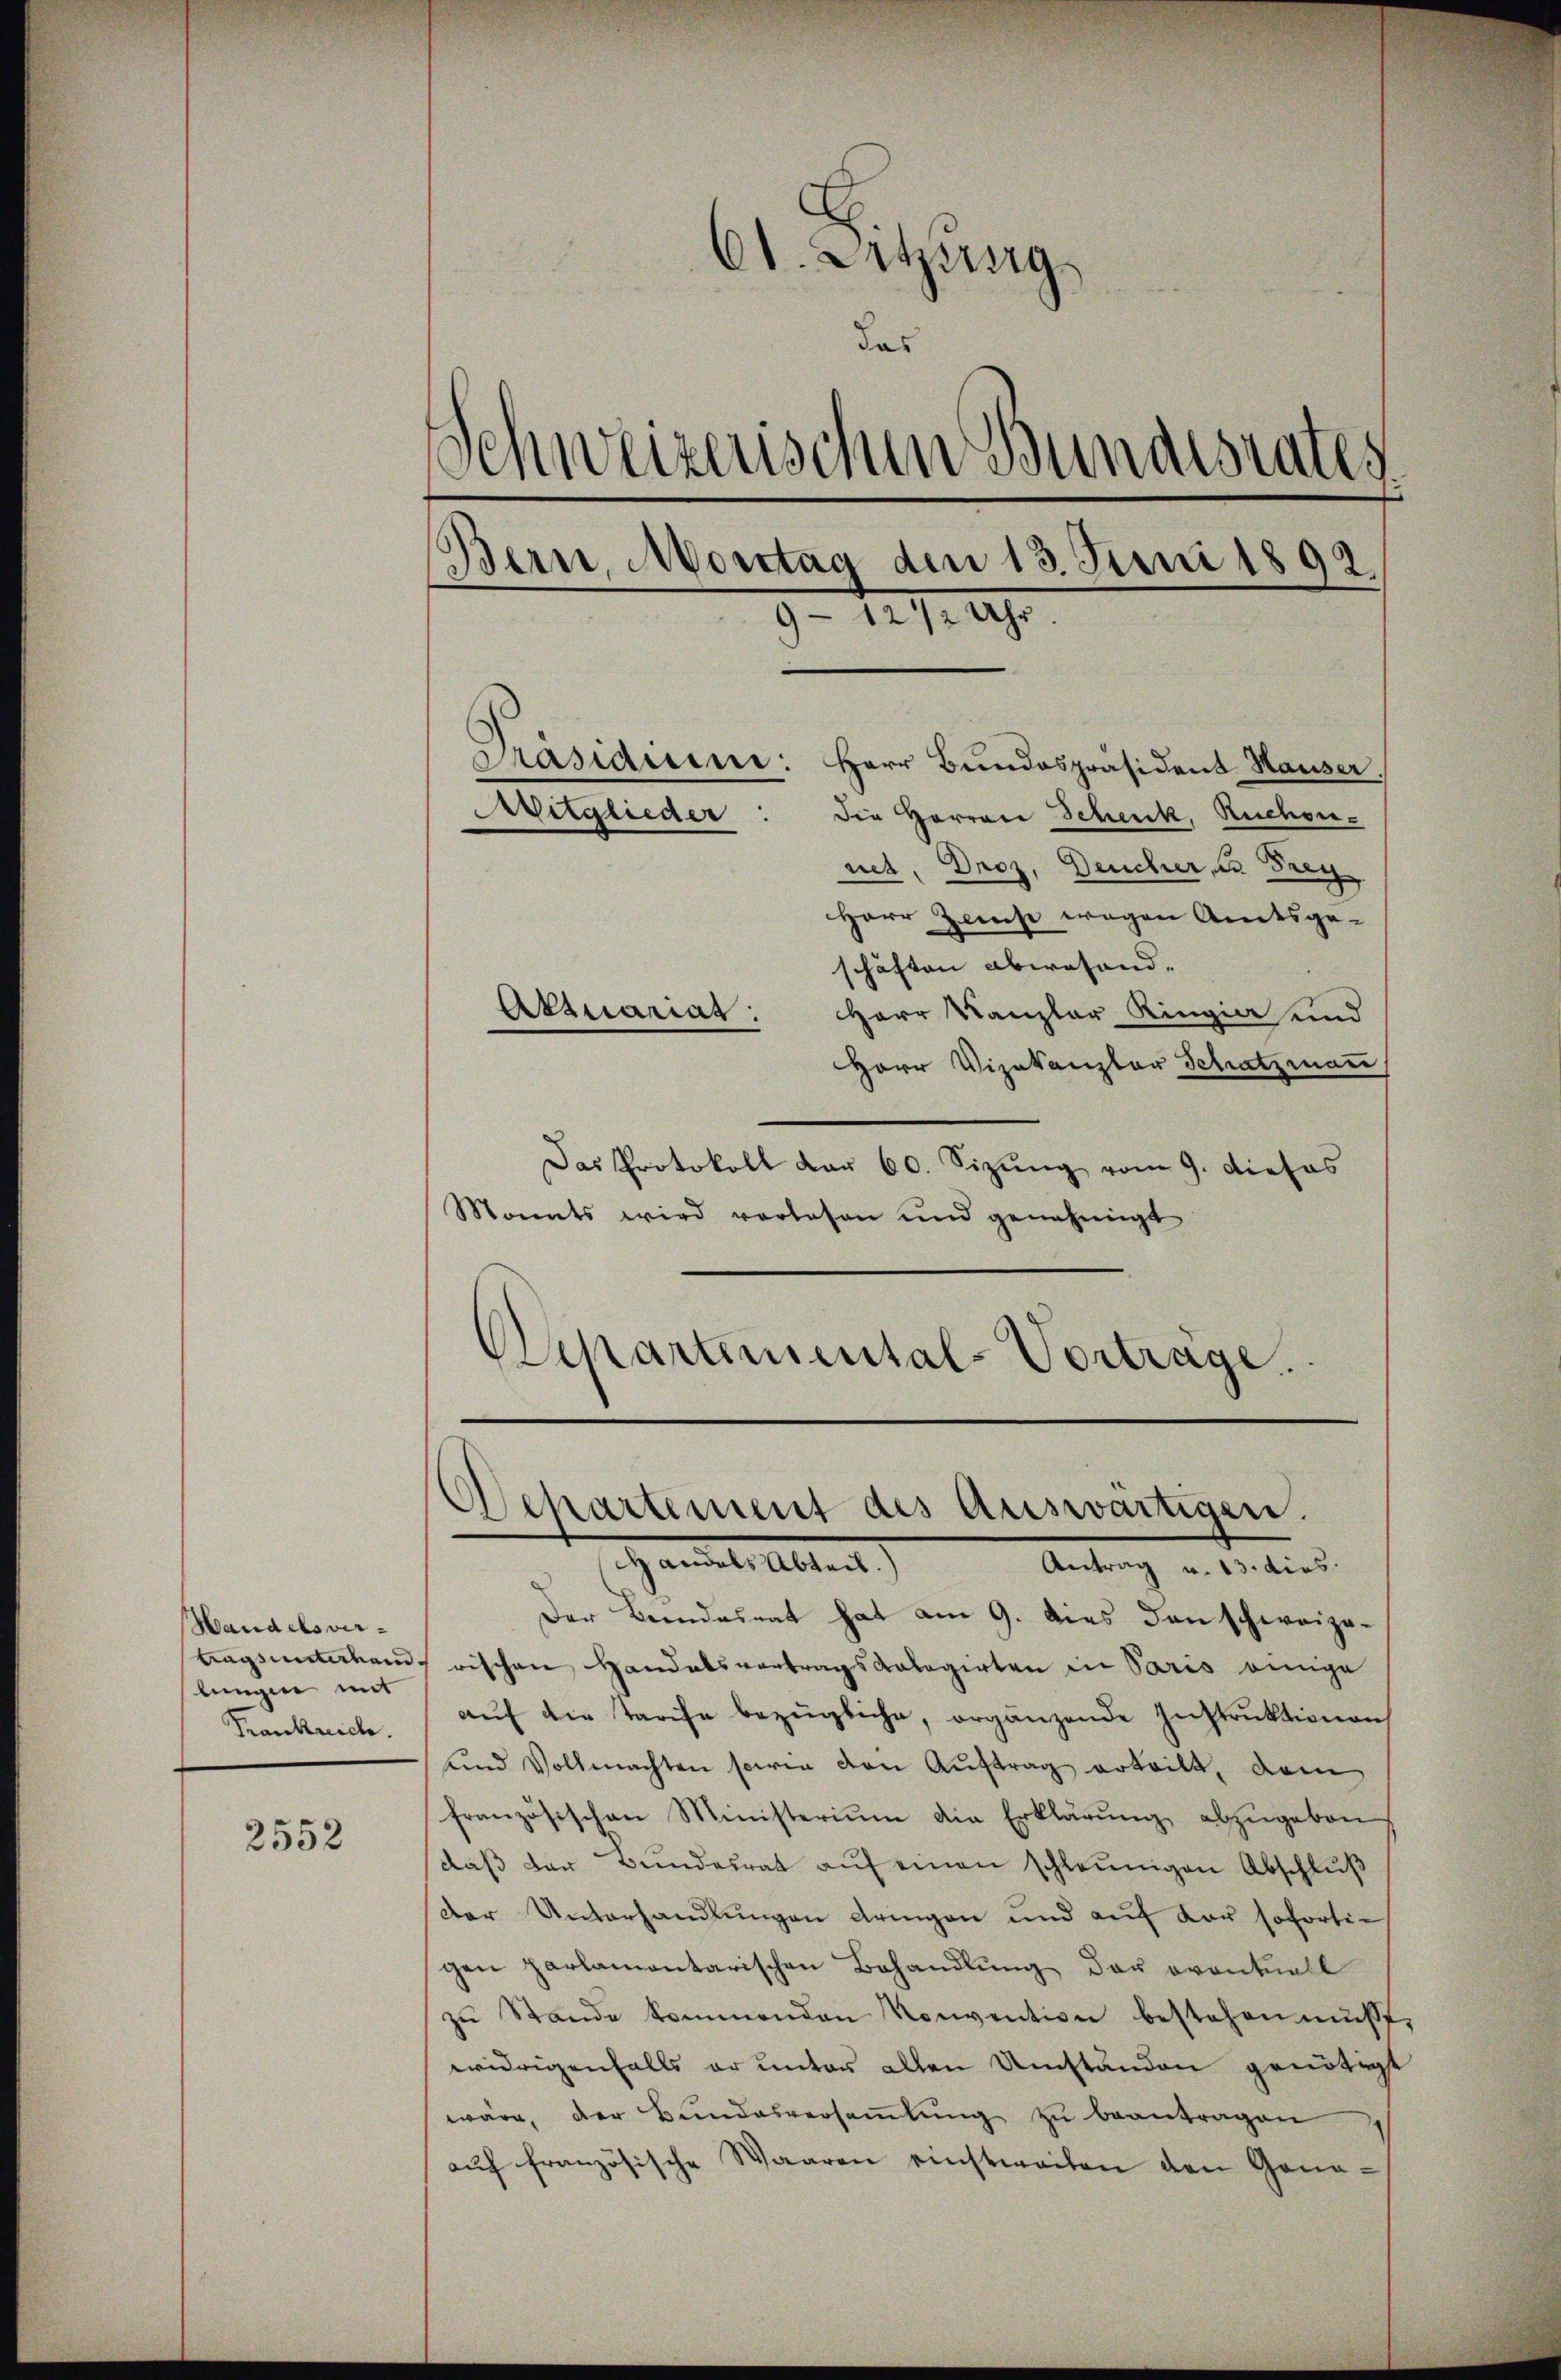
Handelsverlungen mit
Frankrich.

2552

61. Sitzung
das
Schweizerischen Bundesrates.
Bern, Montag den 13. Juni 1892.
9-12 1/2 Uhr.

Präsidiene: Herr Bundespräsident Hauser.
die Herren Schenk, Rechennet. Droz, Deucher, u. Frey
Herr Zerst wegen Amtsge-
schäften abwesend.
Aktuariat: Herr Kanzler Ringia und
Herr Vizekanzler Schatzman
Das Protokoll dar 60. Sizung vom 9. dieses
Monats wird verlesen und genehmigt

Aitglieder

Separtemental-Vorträge.

Ochartement des Auswärtigen.

Handel Absent.)
Der Bundesrat hat am 9. dies den schweizetragsunterhand, rischen Handelsvertragskalagirten in Paris einige
aŭf die Tarife bezügliche, orgänzende Instruktionen
und Vollmachten sowie den Aŭftrag erteilt, dem
französischen Ministerium die Erklärŭng abzŭgeben
daβ der Bŭndesrat aŭf einen schleunigen Abschlŭβ
der Unterhandlungen dringen und auf der sofortigen parlamontarischen Behandlung der eventuell
zŭ Stande kommenden Konvention bestehen musst,
widrigenfalls er unter allen Umständen genötigt
wäre, der Bundesversaṁlŭng zu beantragen
aŭf französische Waaren einstweilen den Gona-